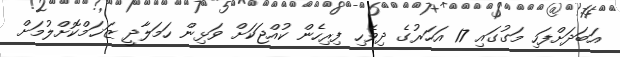
އަބަދަށްފަހި މަގުގައި 17 އަހަރުގެ ދިވެހި ފިރިހެން ކުއްޖަކަށް ވަޅިން ހަމަލާދީ ޒަޚަމްކޮށްލުމަށް